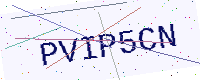
Text: PVIP5CN